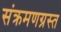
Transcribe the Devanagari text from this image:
संक्रमणग्रस्त